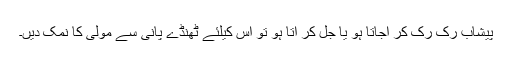
پیشاب رک رک کر آجاتا ہو یا جل کر آتا ہو تو اس کیلئے ٹھنڈے پانی سے مولی کا نمک دیں۔